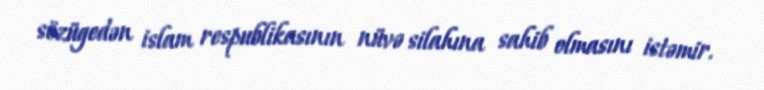
sözügedən islam respublikasının nüvə silahına sahib olmasını istəmir.